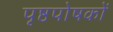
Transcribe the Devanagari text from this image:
पृष्ठपोषकों